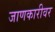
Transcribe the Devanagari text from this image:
जाणकारीवर